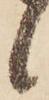
候